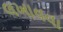
લખાવવા